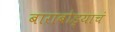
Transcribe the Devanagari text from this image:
बाराबोड्याचं